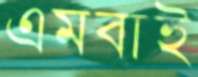
এমবাই